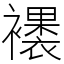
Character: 䙨